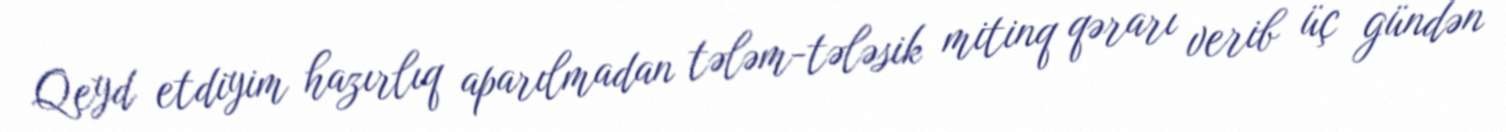
Qeyd etdiyim hazırlıq aparılmadan tələm-tələsik mitinq qərarı verib üç gündən